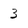
Character: 3